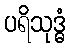
ပရိသုဒ္ဓံ